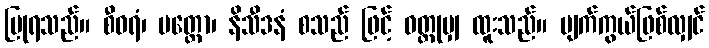
ပြုရသည်။ စီဝရံ၊ ပတ္တော၊ နိသီဒနံ စသည် ဖြင့် ဝတ္ထုမျှ ထူးသည်။ မျက်ကွယ်ဖြစ်လျှင်